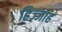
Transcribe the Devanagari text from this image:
हिज्जाह